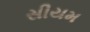
સીયમ